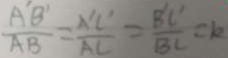
\frac { A ^ { \prime } B ^ { \prime } } { A B } = \frac { A ^ { \prime } C ^ { \prime } } { A C } = \frac { B ^ { \prime } C ^ { \prime } } { B C } = k